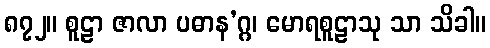
၈၇၂။ စူဠာ ဇာလာ ပဓာန’ဂ္ဂ၊ မောရစူဠာသု သာ သိခါ။